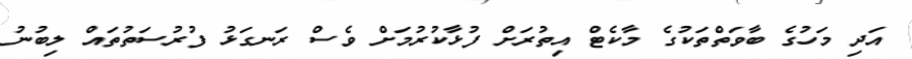
އަދި މަހުގެ ބާވަތްތަކުގެ މާކެޓް އިތުރަށް ފުޅާކުރުމަށް ވެސް ރަނގަޅު ފުރުސަތުތައް ލިބުނު